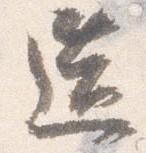
造